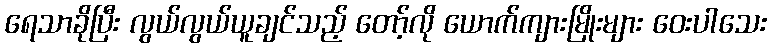
ရေသာခိုပြီး လွယ်လွယ်ယူချင်သည့် တော့်လို ယောက်ကျားမြိုးများ ဝေးပါသေး